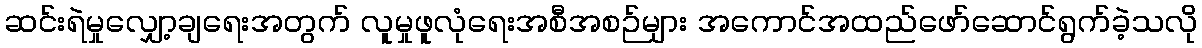
ဆင်းရဲမှုလျှော့ချရေးအတွက် လူမှုဖူလုံရေးအစီအစဉ်များ အကောင်အထည်ဖော်ဆောင်ရွက်ခဲ့သလို